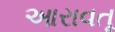
આરાવતૂ